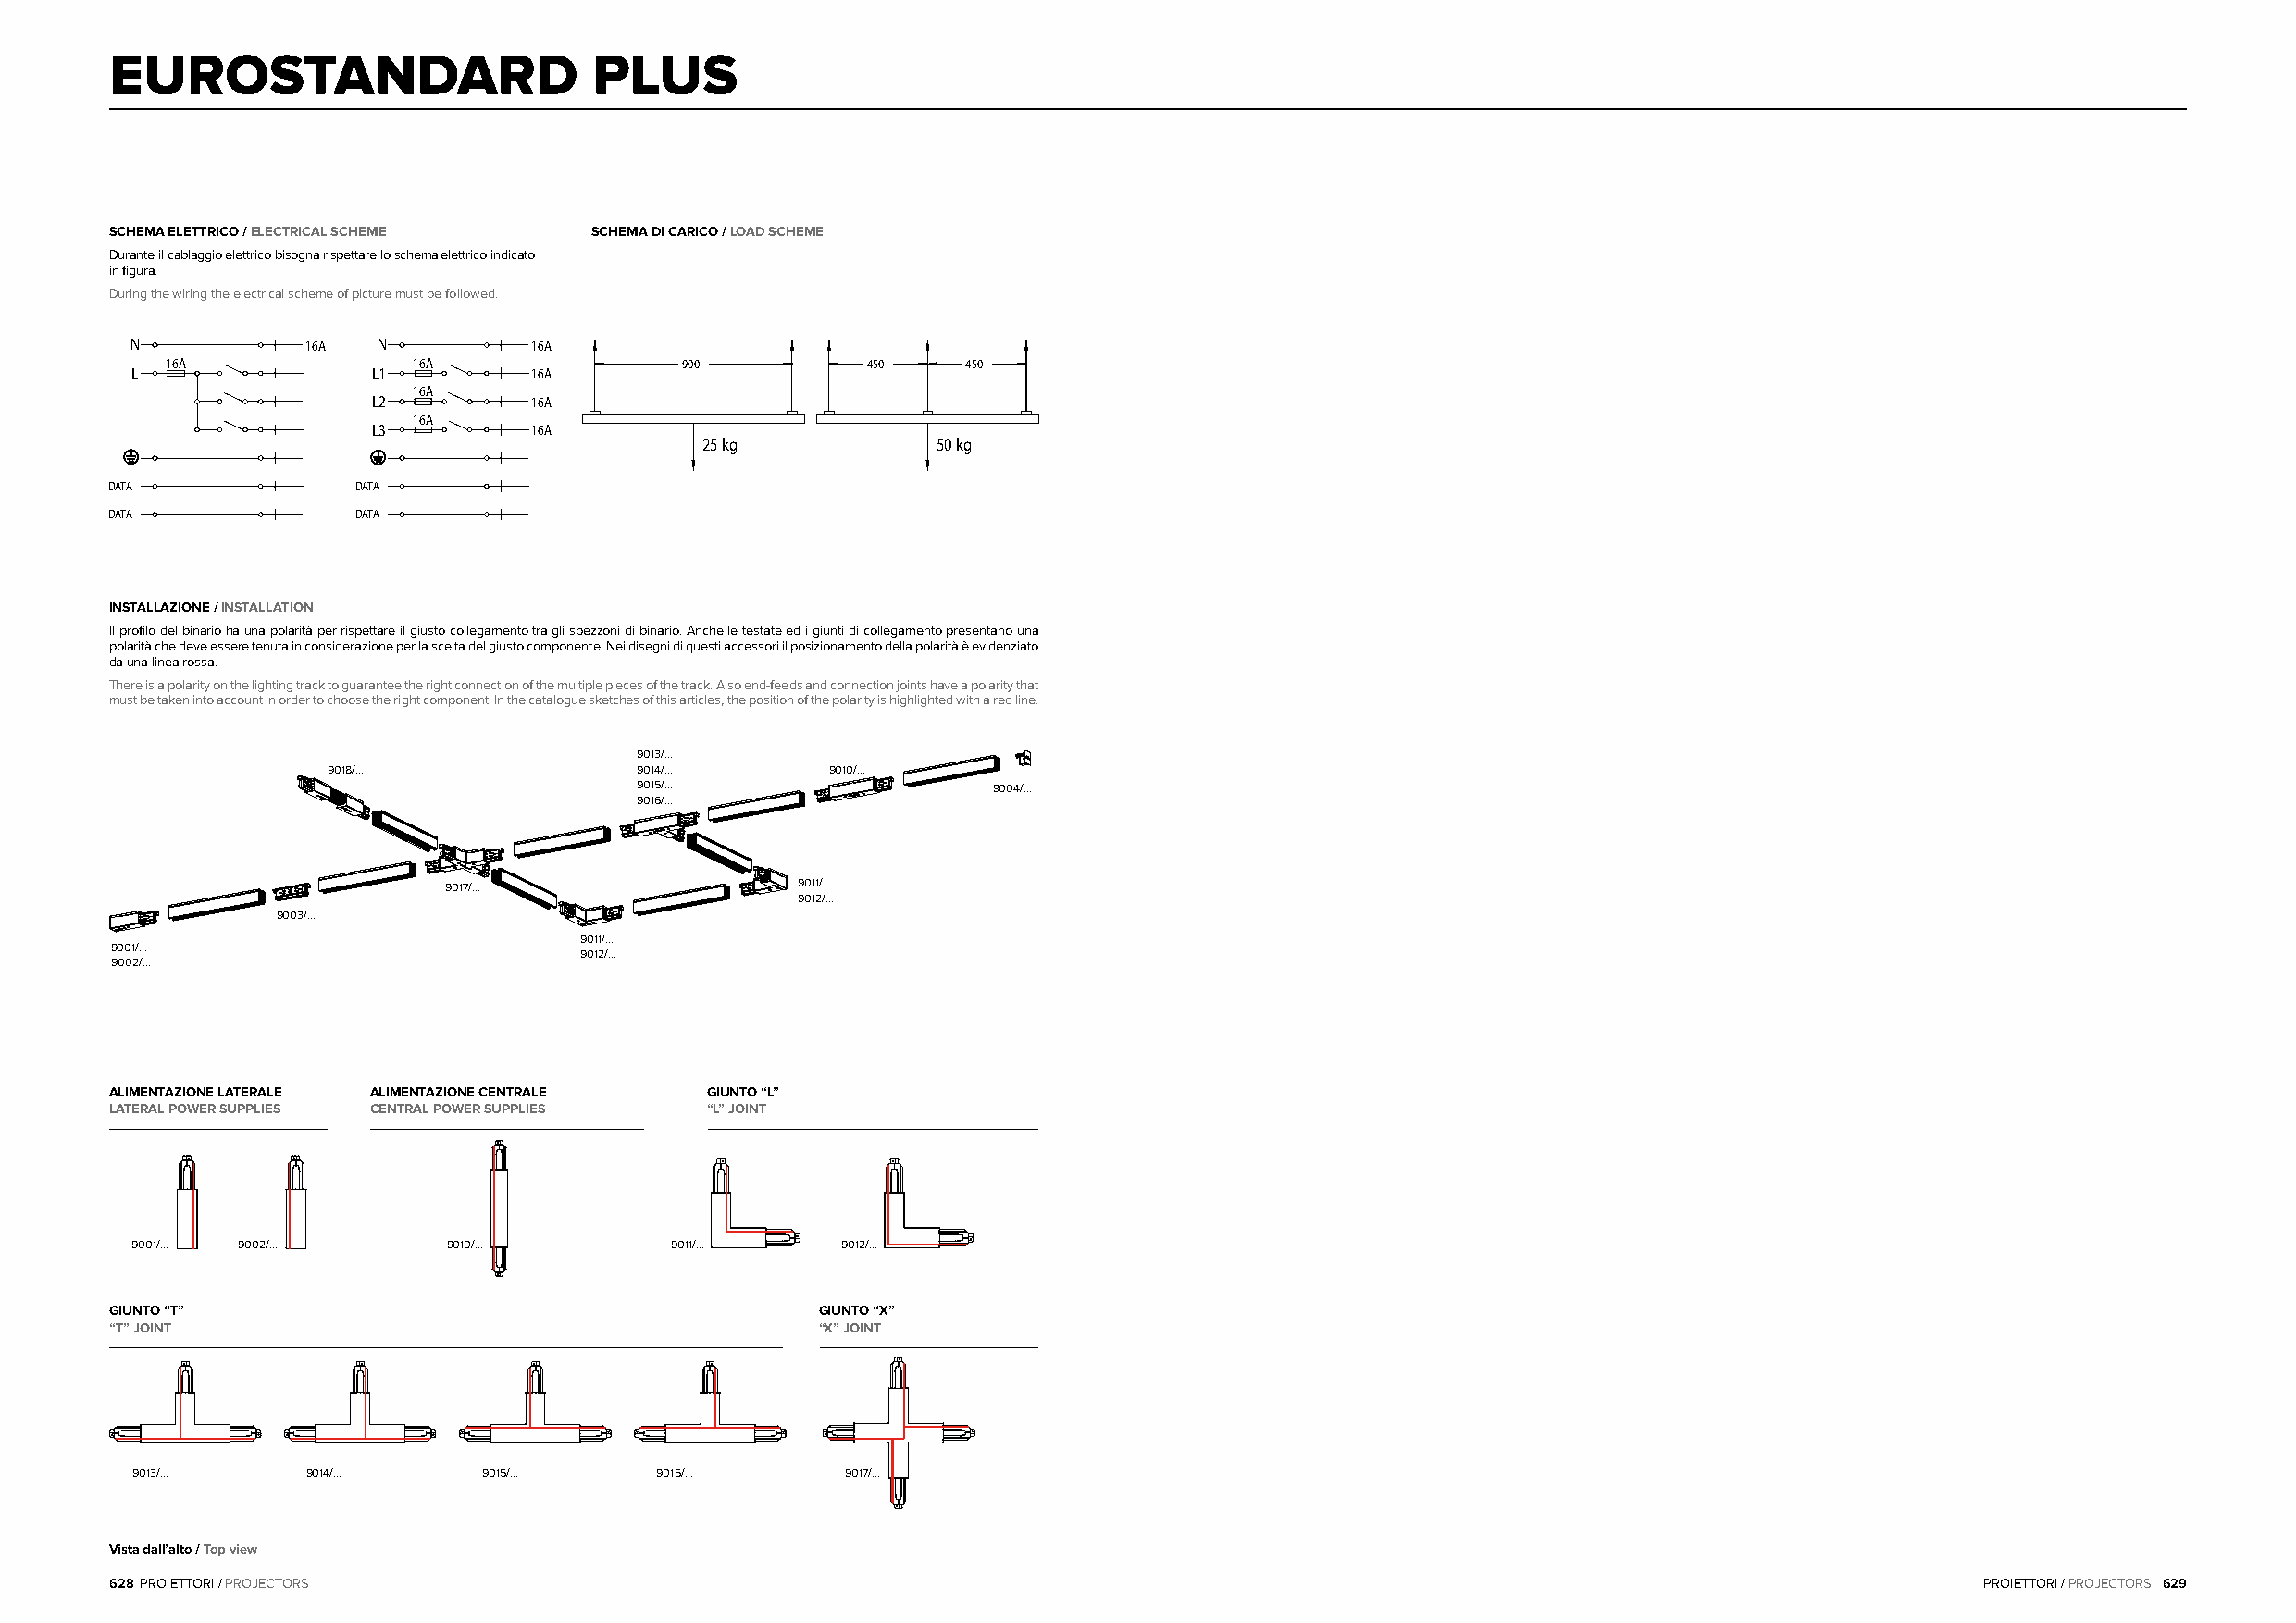
EUROSTANDARD                      PLUS
 SCHEMA ELETTRICO / ELECTRICAL SCHEME SCHEMA DI CARICO / LOAD SCHEME
 Durante il cablaggio elettrico bisogna rispettare lo schema elettrico indicato
 in figura.
 During the wiring the electrical scheme of picture must be followed.
 N            16A  N          16A
 16A               16A                900          450    450
 L                 L1         16A
 16A
 L2         16A
 16A
 L3         16A
 25 kg            50 kg
 DATA             DATA
 DATA             DATA
 INSTALLAZIONE / INSTALLATION
 Il profilo del binario ha una polarità per rispettare il giusto collegamento tra gli spezzoni di binario. Anche le testate ed i giunti di collegamento presentano una
 polarità che deve essere tenuta in considerazione per la scelta del giusto componente. Nei disegni di questi accessori il posizionamento della polarità è evidenziato
 da una linea rossa.
 There is a polarity on the lighting track to guarantee the right connection of the multiple pieces of the track. Also end-feeds and connection joints have a polarity that
 must be taken into account in order to choose the right component. In the catalogue sketches of this articles, the position of the polarity is highlighted with a red line.
 9013/...
 9018/...               9014/...     9010/...
 9015/...                 9004/...
 9016/...
 9017/...                 9011/...
 9012/...
 9003/...
 9011/...
 9001/...
 9012/...
 9002/...
 ALIMENTAZIONE LATERALE ALIMENTAZIONE CENTRALE GIUNTO “L”
 LATERAL POWER SUPPLIES CENTRAL POWER SUPPLIES “L” JOINT
 9001/... 9002/...      9010/...        9011/...    9012/...
 GIUNTO “T”                                         GIUNTO “X”
 “T” JOINT                                          “X” JOINT
 9013/...     9014/...    9015/...     9016/...     9017/...
 Vista dall’alto / Top view
 628 PROIETTORI / PROJECTORS                                                                                                           PROIETTORI / PROJECTORS 629